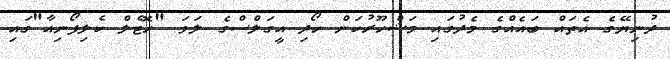
ދުނިޔޭގެ އެތައް ބައެއްގެ މެދުގައި މަޝްހޫރުކަން ހޯދި އީގަލްސްގެ ލަވަ "ހޮޓެލް ކެލިފޯނިއާ"ގައި